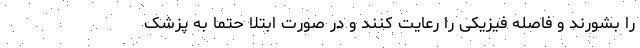
را بشورند و فاصله فیزیکی را رعایت کنند و در صورت ابتلا حتما به پزشک